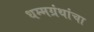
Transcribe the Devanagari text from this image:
धम्मग्रंथांचा